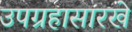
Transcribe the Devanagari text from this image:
उपग्रहासारखे